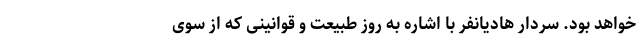
خواهد بود. سردار هادیانفر با اشاره به روز طبیعت و قوانینی که از سوی